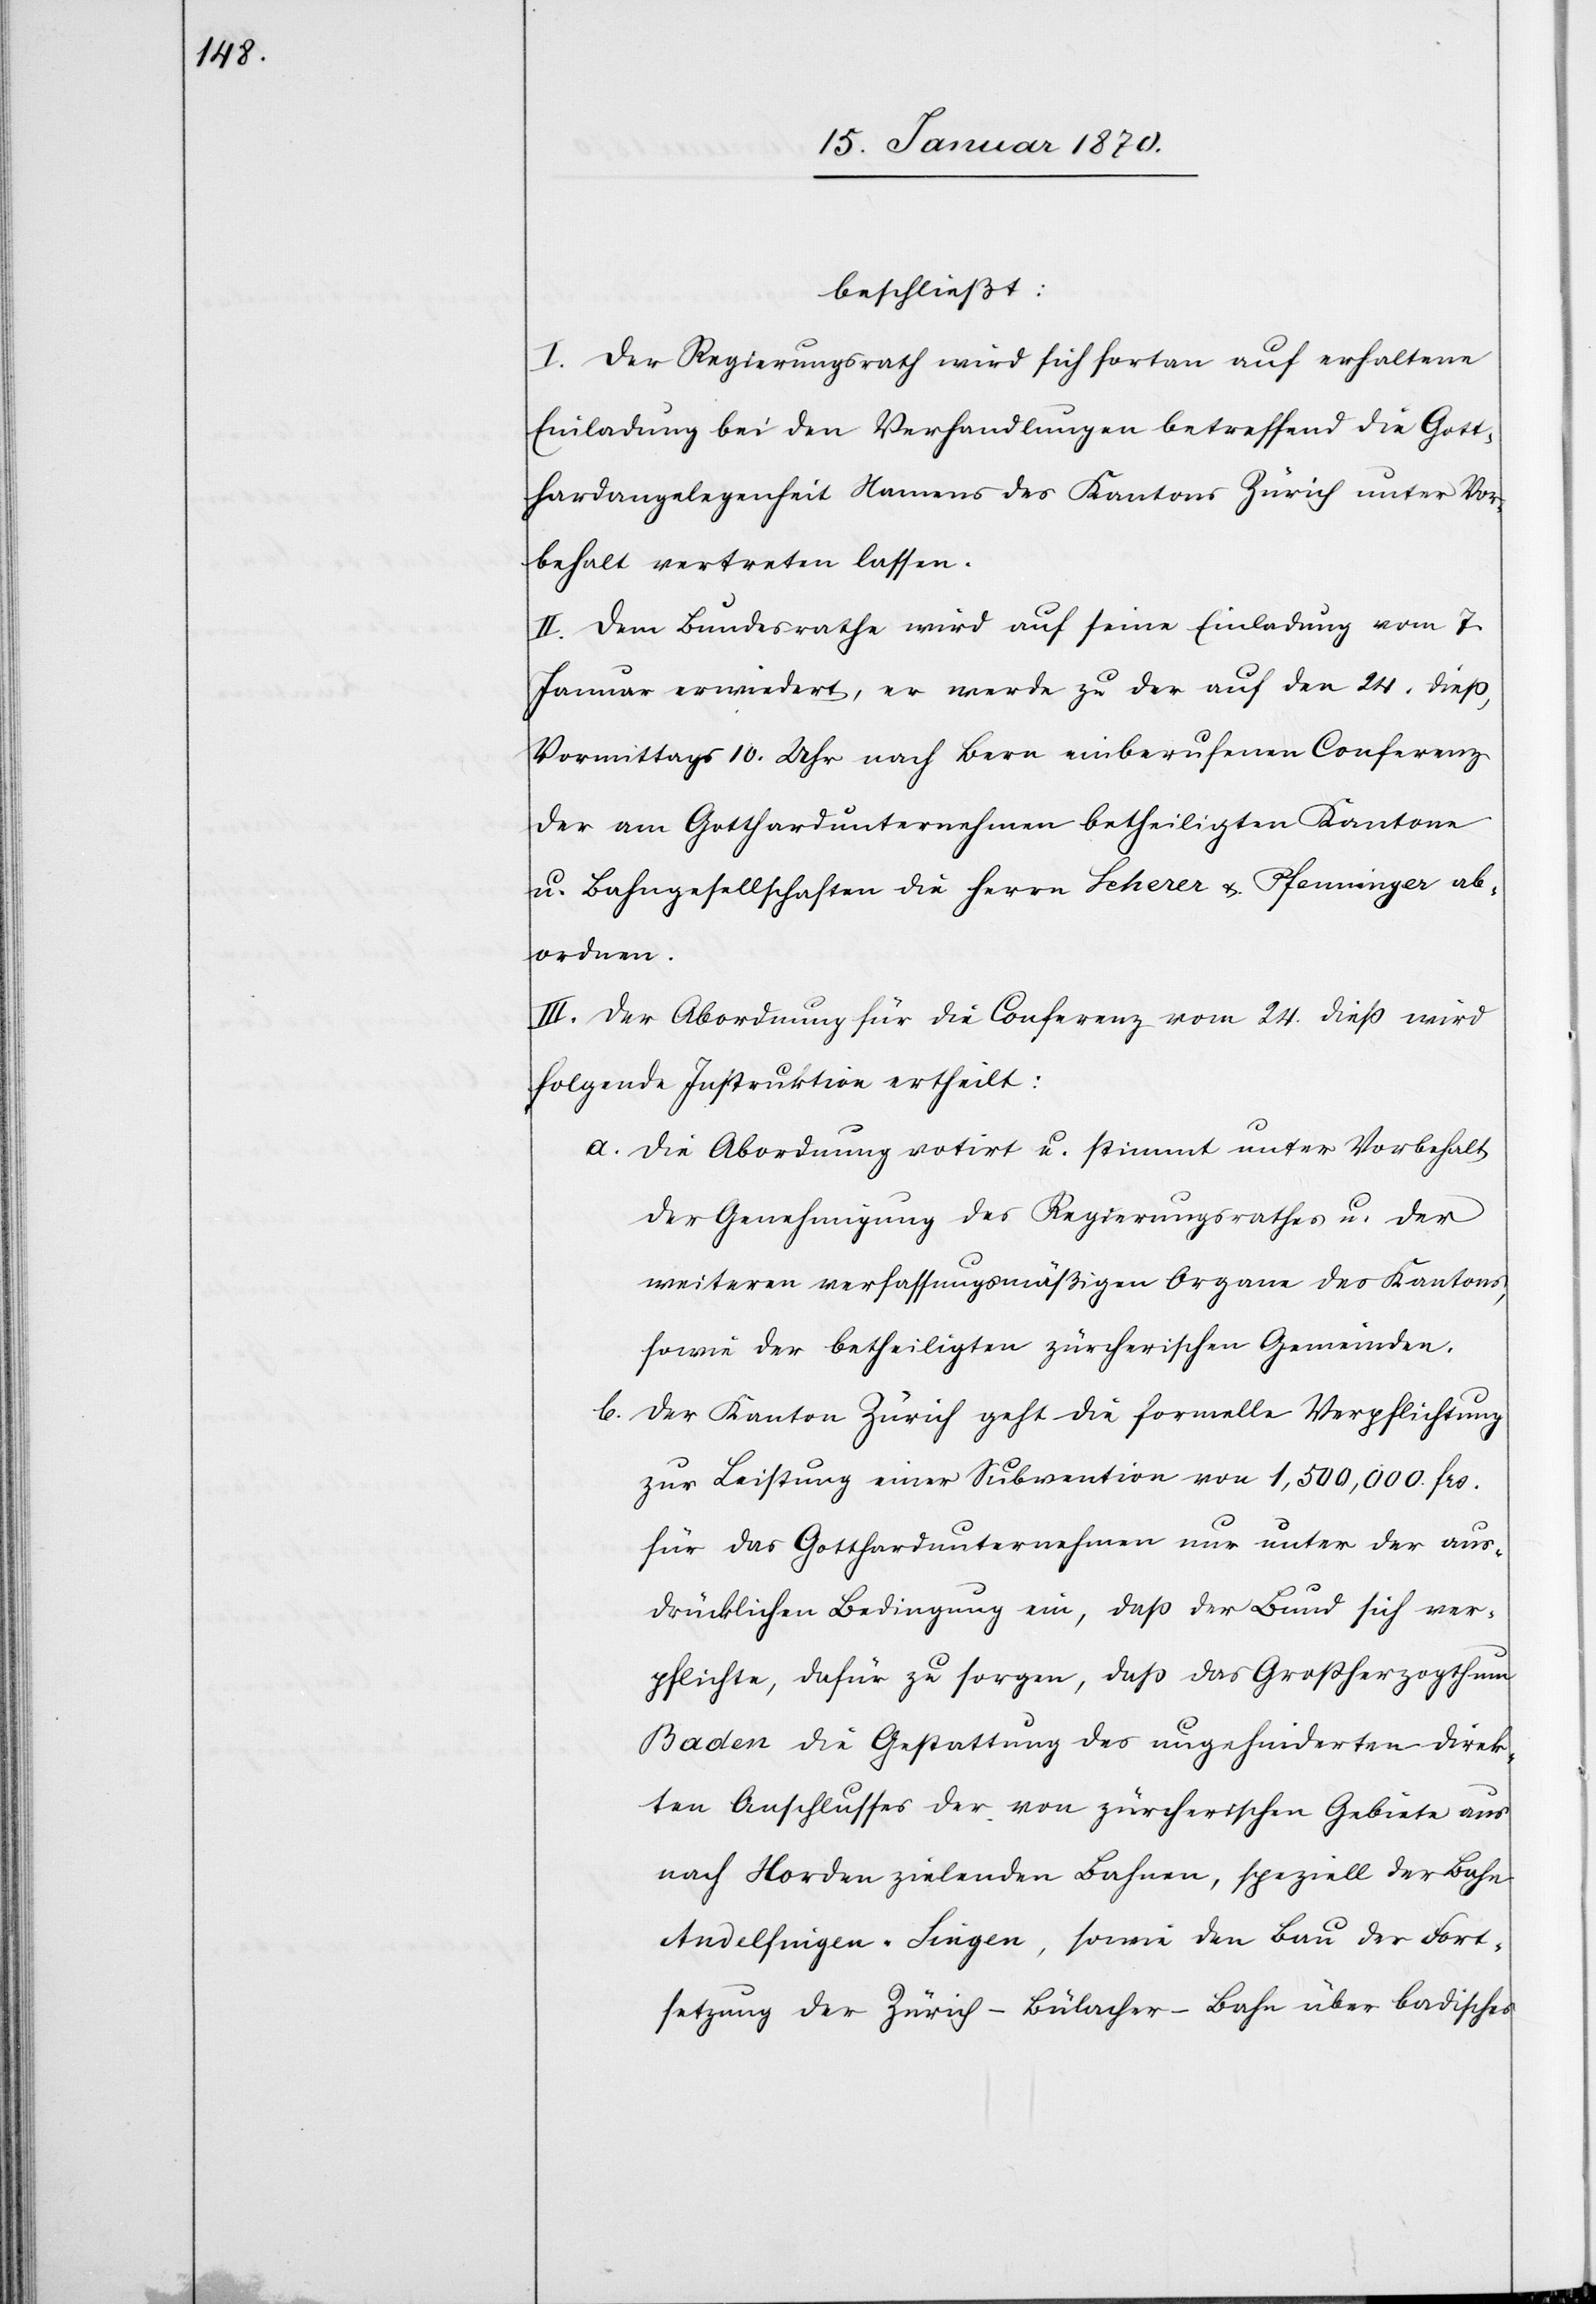
beschließt:
I. Der Regierungsrath wird sich fortan auf erhaltene
Einladung bei den Verhandlungen betreffend die Gott¬
hardangelegenheit Namens des Kantons Zürich unter Vor¬
behalt vertreten lassen.
II. Dem Bundesrathe wird auf seine Einladung vom 7.
Januar erwiedert, er werde zu der auf den 24. dieß,
Vormittags 10. Uhr nach Bern einberufenen Conferenz
der am Gotthardunternehmen betheiligten Kantone
u. Bahngesellschaften die Herrn Scherer u. Pfenninger ab¬
ordnen.
III. Der Abordnung für die Conferenz vom 24. dieß wird
folgende Instruktion ertheilt:
a. Die Abordnung votirt u. stimmt unter Vorbehalt
der Genehmigung des Regierungsrathes u. der
weiteren verfassungsmäßigen Organe des Kantons,
sowie der betheiligten zürcherischen Gemeinden.
b. Der Kanton Zürich geht die formelle Verpflichtung
zur Leistung einer Subvention von 1,500,000 frs.
für das Gotthardunternehmen nur unter der aus¬
drücklichen Bedingung ein, daß der Bund sich ver¬
pflichte, dafür zu sorgen, daß das Großherzogthum
Baden die Gestattung des ungehinderten direk¬
ten Anschlusses der von zürcherischen Gebiete[n] aus
nach Norden zielenden Bahnen, speziell der Bahn
Andelfingen-Singen, sowie den Bau der Fort¬
setzung der Zürich–Bülacher-Bahn über badisches